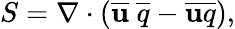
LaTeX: S=\nabla\cdot(\overline{{\mathbf{u}}}~\overline{{q}}-\overline{{\mathbf{u}q}}),